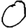
Digit: 0